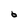
Character: 6